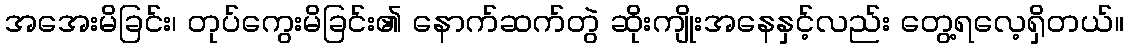
အအေးမိခြင်း၊ တုပ်ကွေးမိခြင်း၏ နောက်ဆက်တွဲ ဆိုးကျိုးအနေနှင့်လည်း တွေ့ရလေ့ရှိတယ်။